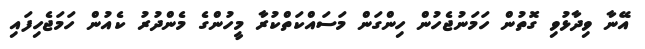
އޭނާ ވިދާޅުވި ގޮތުން ހަމަނުޖެހުން ހިންގަން މަސައްކަތްކުރާ މީހުންގެ މެންދުރު ކެއުން ހަމަޖެހިފައި